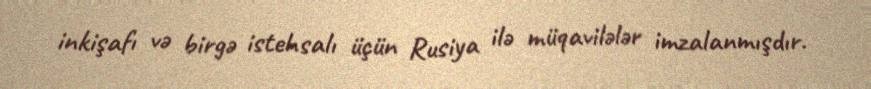
inkişafı və birgə istehsalı üçün Rusiya ilə müqavilələr imzalanmışdır.